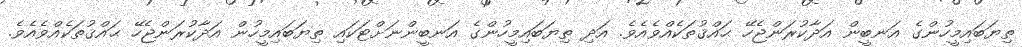
ތިޔަބައިމީހުންގެ އަނބީން އަދާކުރަންޖެހޭ ޙައްޤުތަކެއްވެއެވެ. އަދި ތިޔަބައިމީހުންގެ އަނބީންނަށްޓަކައި ތިޔަބައިމީހުން އަދާކުރަންޖެހޭ ޙައްޤުތަކެއްވެއެވެ.